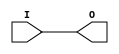
// $Header: /devl/xcs/repo/env/Databases/CAEInterfaces/verunilibs/data/uni9000/IBUF.v,v 1.4 2007/05/23 20:04:58 patrickp Exp $
///////////////////////////////////////////////////////////////////////////////
// Copyright (c) 1995/2004 Xilinx, Inc.
// All Right Reserved.
///////////////////////////////////////////////////////////////////////////////
//   ____  ____
//  /   /\/   /
// /___/  \  /    Vendor : Xilinx
// \   \   \/     Version : 7.1i (H.19)
//  \   \         Description : Xilinx Functional Simulation Library Component
//  /   /                  Input Buffer
// /___/   /\     Filename : IBUF.v
// \   \  /  \    Timestamp : Thu Mar 25 16:41:58 PST 2004
//  \___\/\___\
//
// Revision:
//    03/23/04 - Initial version.
//    05/23/07 - Changed timescale to 1 ps / 1 ps.

`timescale  1 ps / 1 ps

`celldefine

module IBUF (O, I);


    output O;

    input  I;

	buf B1 (O, I);

    specify
	(I *> O) = (0, 0);
    endspecify

endmodule

`endcelldefine